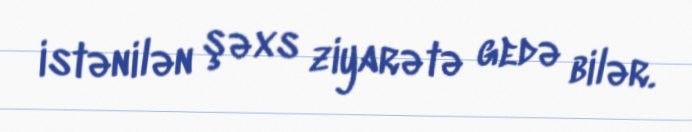
istənilən şəxs ziyarətə gedə bilər.